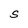
Character: S